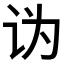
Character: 𰵑